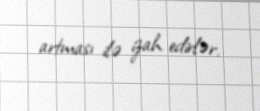
artması ilə izah edirlər.